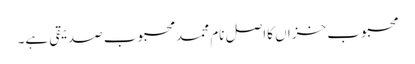
محبوب خزاں کااصل نام محمد محبوب صدیقی ہے۔